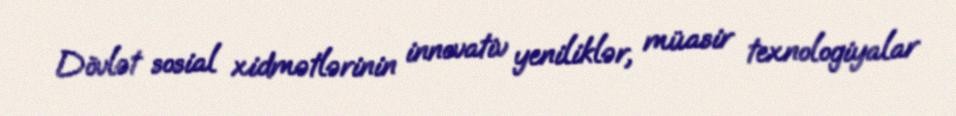
Dövlət sosial xidmətlərinin innovativ yeniliklər, müasir texnologiyalar